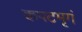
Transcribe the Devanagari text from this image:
कपटमृगं